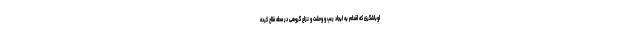
اوباشگری که اقدام به ایجاد رعب و وحشت و نزاع گروهی در محله فلاح کرده